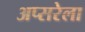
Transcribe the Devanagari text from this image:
अप्सरेला